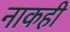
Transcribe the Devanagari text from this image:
नाकही